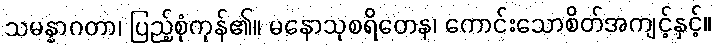
သမန္နာဂတာ၊ ပြည့်စုံကုန်၏။ မနောသုစရိတေန၊ ကောင်းသောစိတ်အကျင့်နှင့်။